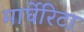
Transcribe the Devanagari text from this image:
मार्घेरिटा